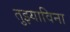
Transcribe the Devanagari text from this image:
तुझ्याविना